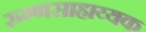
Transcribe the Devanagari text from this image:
रुग्णसाहाय्यक